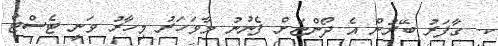
ކ. ގާފަރު ބޭރުން އެ ދޯންޏަށް ފެނުނު މާވަހަރު މިހާރު ވަނީ ޓެސްޓް